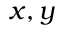
x , y